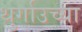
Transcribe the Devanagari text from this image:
थुर्गाउच्या